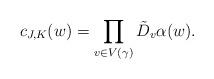
LaTeX: \begin{align*} c_{J, K}(w) = \prod_{v \in V(\gamma)} \tilde D_v\alpha(w).\end{align*}